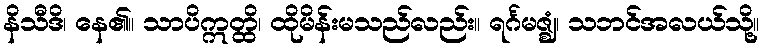
နိသီဒိ၊ နေ၏။ သာပိဣတ္ထိ၊ ထိုမိန်းမသည်လည်း။ ရင်္ဂမဇ္ဈံ၊ သဘင်အလယ်သို့။